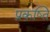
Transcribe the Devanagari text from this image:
प्रकष्ति